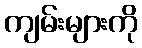
ကျမ်းများကို